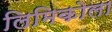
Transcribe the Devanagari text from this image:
लिमिकोला